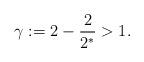
LaTeX: \begin{align*} \gamma:=2-\frac2{2^*}>1.\end{align*}